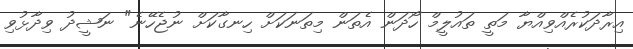
އިރާދަކުރެއްވިއްޔާ މަތީ ތައުލީމް ހޯދަން އެތަން މިތަނަކަށް ހިނގާކަށް ނުޖެހޭނެ" ނަޝީދު ވިދާޅުވި